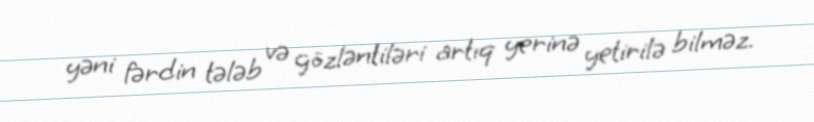
yəni fərdin tələb və gözləntiləri artıq yerinə yetirilə bilməz.